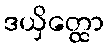
ဒယှိတ္ထော